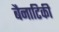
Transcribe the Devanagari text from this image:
बैनाटिकी